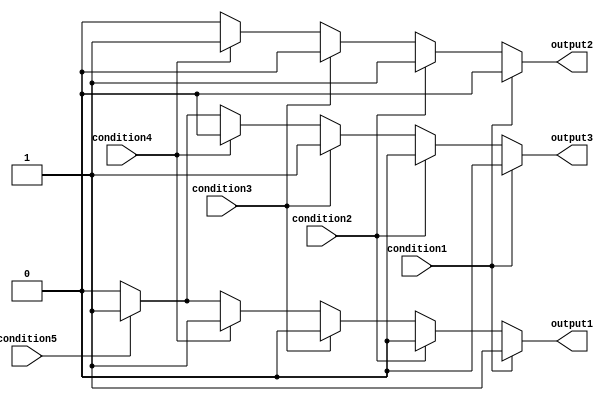
module if_else_ladder (
    input wire condition1,
    input wire condition2,
    input wire condition3,
    input wire condition4,
    input wire condition5,
    output reg output1,
    output reg output2,
    output reg output3
);

always @(*) begin
    if (condition1) begin
        output1 <= 1;
        output2 <= 0;
        output3 <= 0;
    end 
    else if (condition2) begin
        output1 <= 0;
        output2 <= 1;
        output3 <= 0;
    end 
    else if (condition3) begin
        output1 <= 0;
        output2 <= 0;
        output3 <= 1;
    end 
    else if (condition4) begin
        output1 <= 1;
        output2 <= 1;
        output3 <= 0;
    end 
    else if (condition5) begin
        output1 <= 1;
        output2 <= 0;
        output3 <= 1;
    end 
    else begin
        output1 <= 0;
        output2 <= 0;
        output3 <= 0;
    end
end

endmodule